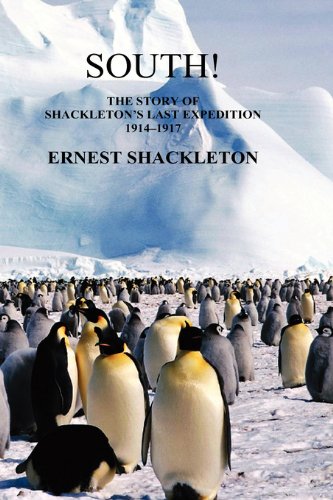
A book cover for South: The Story of Shackleton's Last Expedition 1914-1917; Sir Ernest Henry Shackleton; Travel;